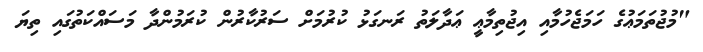
"މުޖުތަމަޢުގެ ހަމަޖެހުމާއި އިޖުތިމާޢީ ޢަދާލަތު ރަނގަޅު ކުރުމަށް ސަރުކާރުން ކުރަމުންދާ މަސައްކަތުގައި ތިޔަ